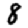
Digit: 8